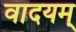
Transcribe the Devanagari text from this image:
वादयम्